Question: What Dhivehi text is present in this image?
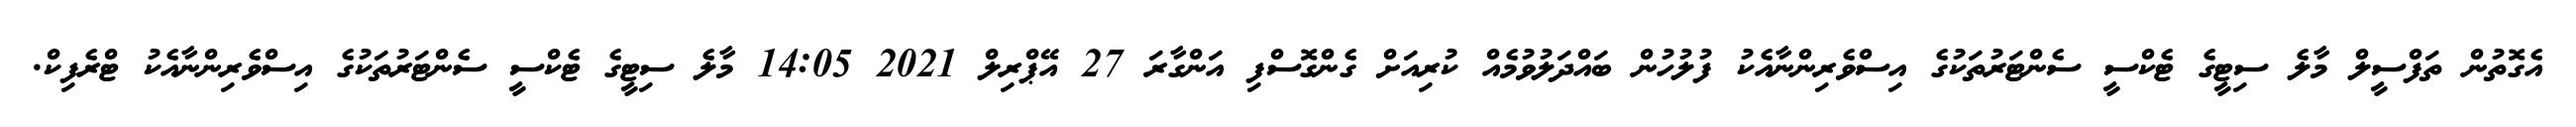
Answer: އެގޮތުން ތަފްސީލް މާލެ ސިޓީގެ ޓެކްސީ ސެންޓަރުތަކުގެ އިސްވެރިންނާއެކު ފުލުހުން ބައްދަލުވުމެއް ކުރިއަށް ގެންގޮސްފި އަންގާރަ 27 އޭޕްރިލް 2021 14:05 މާލެ ސިޓީގެ ޓެކްސީ ސެންޓަރުތަކުގެ އިސްވެރިންނާއެކު ޓްރެފިކް.